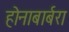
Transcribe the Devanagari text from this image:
होनाबार्बरा